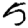
Digit: 5